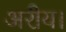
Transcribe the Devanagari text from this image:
अरीय।